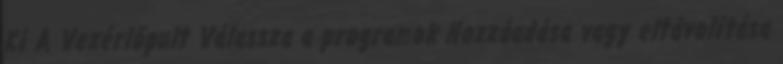
Ki A Vezérlőpult Válassza a programok Hozzáadása vagy eltávolítása